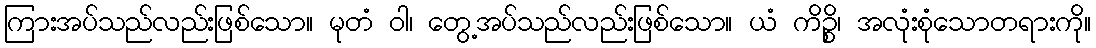
ကြားအပ်သည်လည်းဖြစ်သော။ မုတံ ဝါ၊ တွေ့အပ်သည်လည်းဖြစ်သော။ ယံ ကိဉ္စိ၊ အလုံးစုံသောတရားကို။